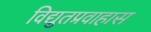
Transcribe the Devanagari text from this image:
विद्युतप्रवाहास